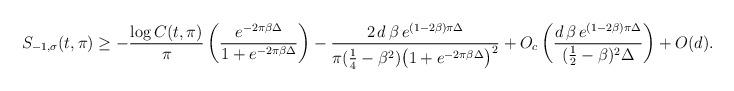
LaTeX: \begin{align*}S_{-1,\sigma}(t,\pi) & \geq -\frac{\log C(t,\pi)}{\pi} \left(\frac{e^{-2 \pi \beta \Delta}}{1 + e^{-2\pi \beta \Delta}}\right) - \dfrac{2\,d\,\beta\,e^{(1-2\beta)\pi\Delta}}{\pi(\frac{1}{4}-\beta^2)\big(1+ e^{-2\pi\beta\Delta}\big)^2} + O_c\left(\dfrac{d\,\beta\,e^{(1-2\beta)\pi\Delta}}{(\frac{1}{2}-\beta)^2\Delta}\right)+O(d).\end{align*}